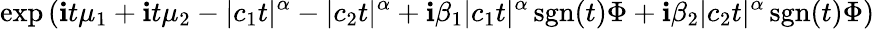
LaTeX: \exp\left(\mathbf{i}t\mu_{1}+\mathbf{i}t\mu_{2}-|c_{1}t|^{\alpha}-|c_{2}t|^{\alpha}+\mathbf{i}\beta_{1}|c_{1}t|^{\alpha}\operatorname{sgn}(t)\Phi+\mathbf{i}\beta_{2}|c_{2}t|^{\alpha}\operatorname{sgn}(t)\Phi\right)